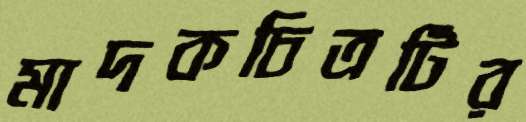
মাদকচিত্রটির